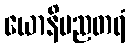
ယောနိမညတရံ